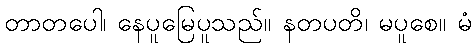
တာတပေါ၊ နေပူမြေပူသည်။ နတပတိ၊ မပူစေ။ မံ